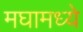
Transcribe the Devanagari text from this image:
मघामध्ये